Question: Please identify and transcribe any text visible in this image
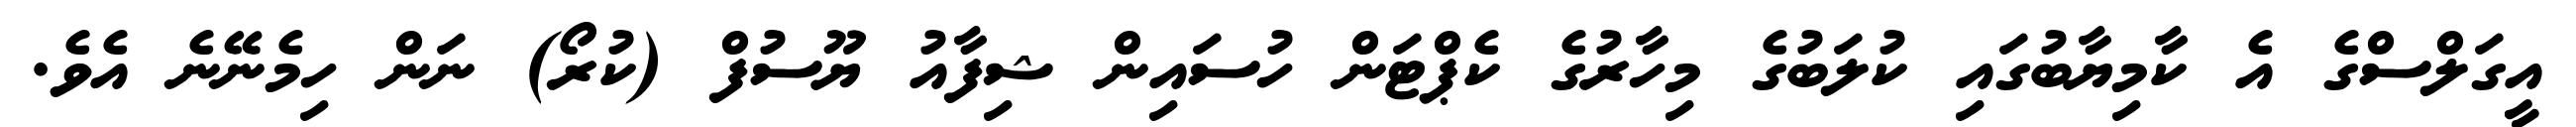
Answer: އީގަލްސްގެ އެ ކާމިޔާބުގައި ކުލަބުގެ މިހާރުގެ ކެޕްޓަން ހުސައިން ޝިފާއު ޔޫސުފް (ކުރޯ) ނަން ހިމެނޭނެ އެވެ.